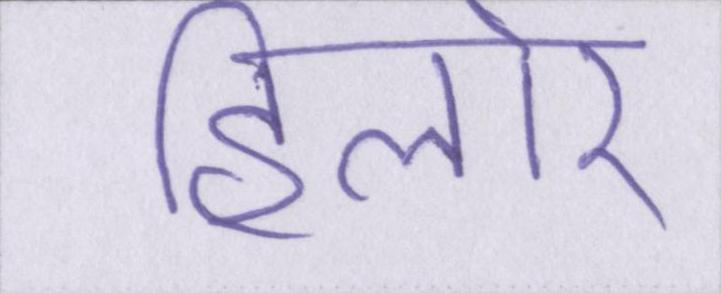
हिलोर